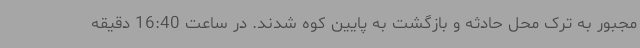
مجبور به ترک محل حادثه و بازگشت به پایین کوه شدند. در ساعت 16:40 دقیقه